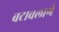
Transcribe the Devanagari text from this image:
बटावलागे